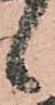
候